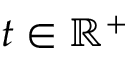
t \in \mathbb { R } ^ { + }